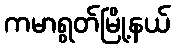
ကမာရွတ်မြို့နယ်